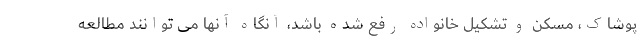
پوشاک، مسکن و تشکیل خانواده رفع شده باشد، آنگاه آنها می توانند مطالعه